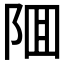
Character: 𨹰